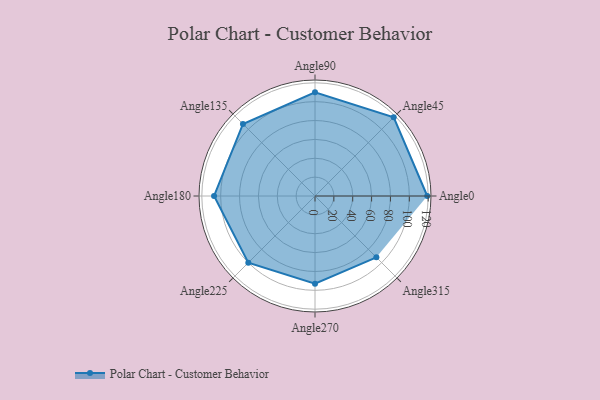
{"axis": {"x": "Angle", "y": "Radius"}, "legend": [""], "data": [{"x": "Angle0", "y": 119.0, "type": ""}, {"x": "Angle45", "y": 118.0, "type": ""}, {"x": "Angle90", "y": 110.0, "type": ""}, {"x": "Angle135", "y": 108.0, "type": ""}, {"x": "Angle180", "y": 107.0, "type": ""}, {"x": "Angle225", "y": 100.0, "type": ""}, {"x": "Angle270", "y": 93.0, "type": ""}, {"x": "Angle315", "y": 92.0, "type": ""}]}